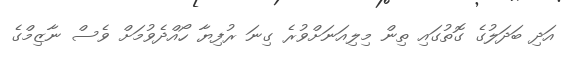
އަދި ބަދަލުގެ ގޮތުގައި ތިން މިލިއަނަށްވުރެ ގިނަ ރުފިޔާ ހޯއްދެވުމަށް ވެސް ނާޒިމްގެ